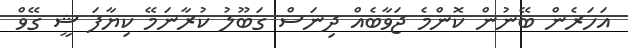
އަހަރެން ބޭނުން ކޮންމެ ޖަވާބެއް ދިނަސް ގަބޫލު ކުރާނަމޭ ކިޔާފަ ޝީ ގޭވް